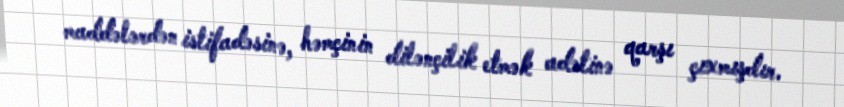
maddələrdən istifadəsinə, həmçinin dilənçilik etmək adətinə qarşı çıxmışdır.